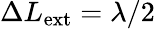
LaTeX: \Delta L_{\mathrm{ext}}=\lambda/2